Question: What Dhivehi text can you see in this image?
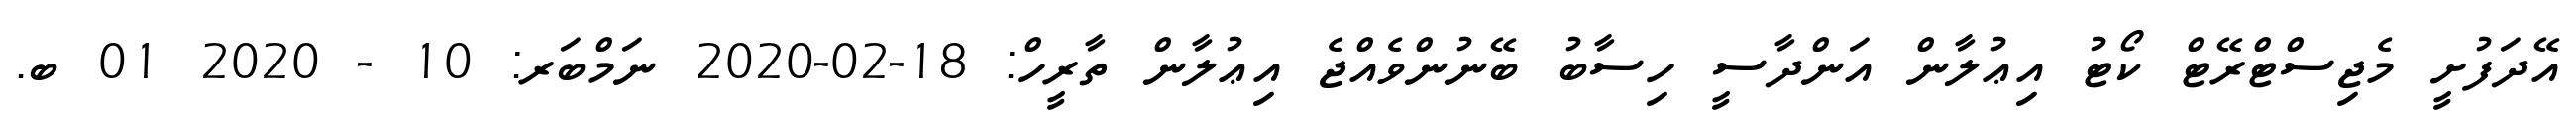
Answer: އޭދަފުށީ މެޖިސްޓްރޭޓް ކޯޓު އިޢުލާން އަންދާސީ ހިސާބު ބޭނުންވެއްޖެ އިޢުލާން ތާރީހް: 18-02-2020 ނަމްބަރ: 10 - 2020 01 ބ.